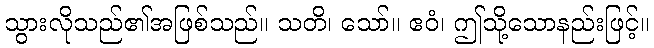
သွားလိုသည်၏အဖြစ်သည်။ သတိ၊ သော်။ ဧဝံ၊ ဤသို့သောနည်းဖြင့်။